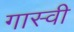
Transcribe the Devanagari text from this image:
गास्वी